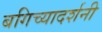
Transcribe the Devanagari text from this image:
बगिच्यादर्शनी